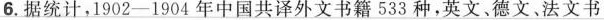
6.据统计，1902-1904年中国共译外文书籍533种，英文、德文、法文书